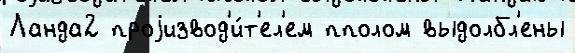
Ланда2 проjизвод'и́т'ел'ем пполом выдолбл'ены